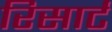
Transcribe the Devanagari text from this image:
रिसार्ट